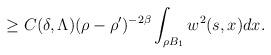
LaTeX: \begin{align*} \geq C(\delta,\Lambda) (\rho - \rho')^{-2\beta}\int_{\rho B_{1}}w^{2}(s,x)dx.\end{align*}